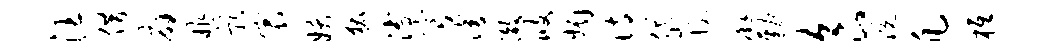
汪借扇昨影宸妖狐溥穹潜澈攸媚诗岱恍廨勤食浣凡柢